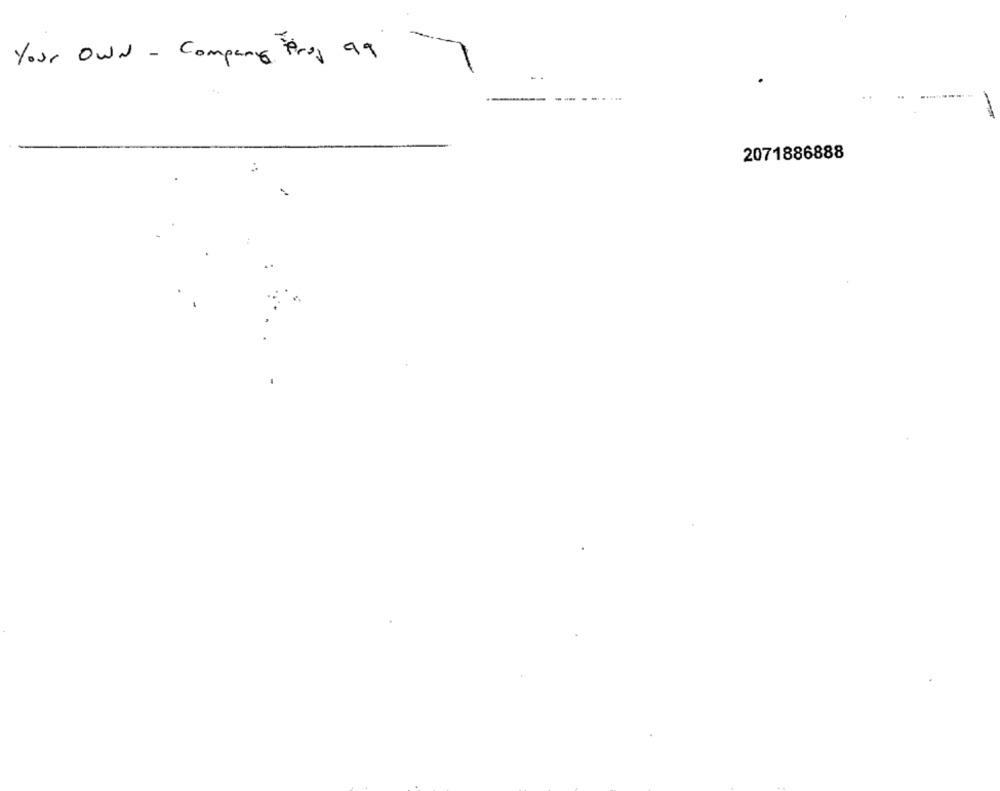
---
Your OWN - Company Frog 99
2071886888